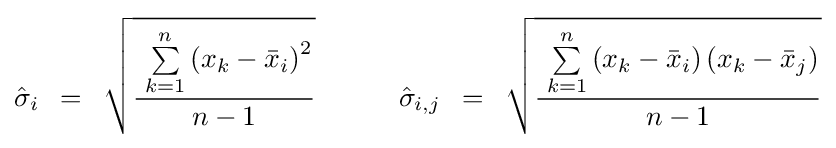
{\hat {\sigma }}_{i}\,\,\,=\,\,\,{\sqrt {{\,\,\sum \limits _{k=1}^{n}{\left({x_{k}-{\bar {x}}_{i}}\right)^{2}}} \over {n-1}}}\,\,\,\,\,\,\,\,\,\,\,\,\,\,\,\,\,\,{\hat {\sigma }}_{i,j}\,\,\,=\,\,\,{\sqrt {{\,\,\sum \limits _{k=1}^{n}{\left({x_{k}-{\bar {x}}_{i}}\right)\left({x_{k}-{\bar {x}}_{j}}\right)}} \over {n-1}}}